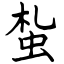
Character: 蚻